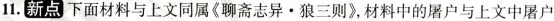
11.新点 下面材料与上文同属《聊斋志异·狼三则》，材料中的屠户与上文中屠户